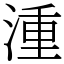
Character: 湩